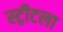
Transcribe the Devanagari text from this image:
स्ट्रीटला